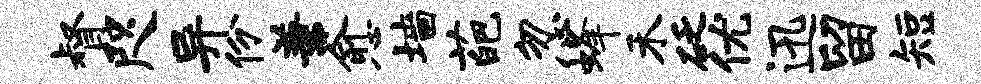
督咫异份兼愈墙葩忽蜂禾砭优迅留短